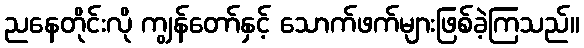
ညနေတိုင်းလို ကျွန်တော်နှင့် သောက်ဖက်များဖြစ်ခဲ့ကြသည်။